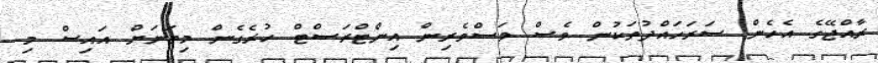
ރާއްޖޭގެ އެހެން ސަރަހައްދުތަކުން ވެސް މަސްވެރިން އިންޓްރަސްޓް ހުރެގެން މިތަނަށް އައިސް މި